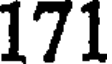
171